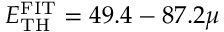
E _ { \mathrm { T H } } ^ { \mathrm { F I T } } = 4 9 . 4 - 8 7 . 2 \mu